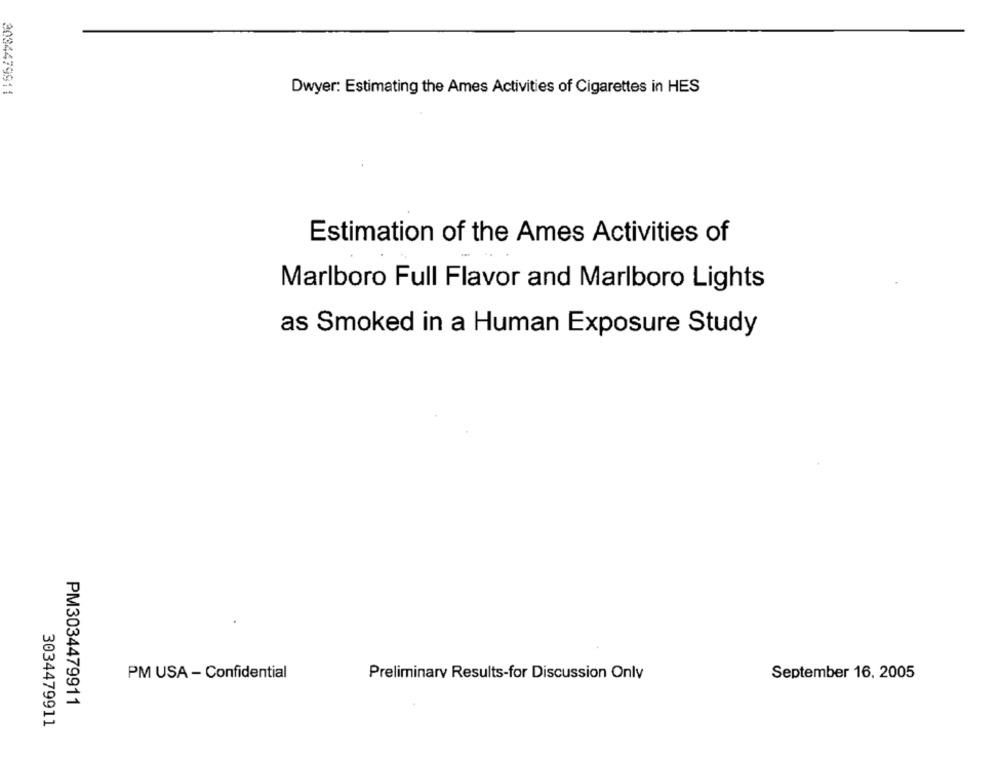
3034479911
Dwyer: Estimating the Ames Activities of Cigarettes in HES
Estimation of the Ames Activities of
Marlboro Full Flavor and Marlboro Lights
as Smoked in a Human Exposure Study
PM USA - Confidential
Preliminary Results-for Discussion Only
September 16, 2005
PM3034479911
3034479911